Lunatic asylums Bombay report 1878-1890 - 1878-1890
Year: 1878
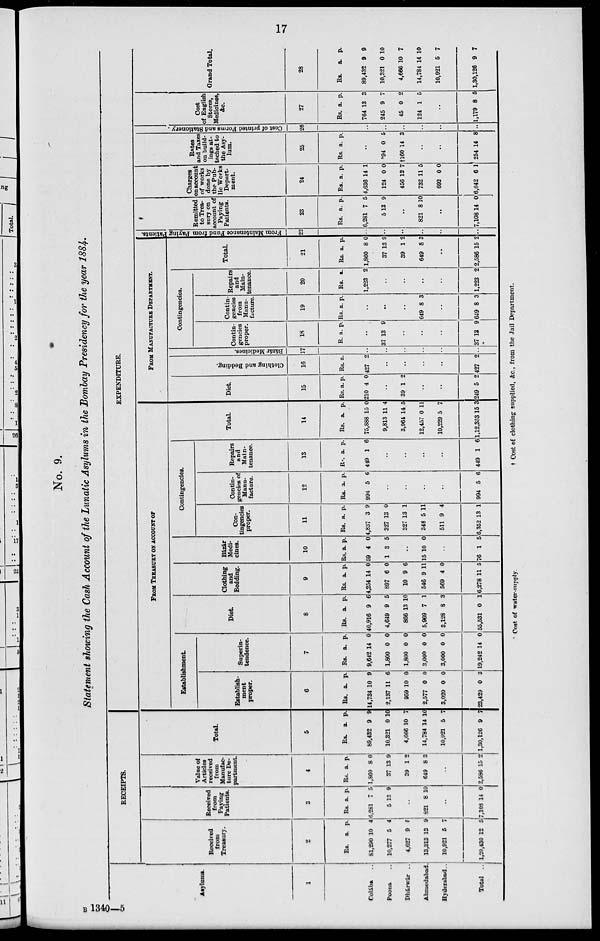
17
No. 9.
Statement showing the Cash Account of the Lunatic Asylums in the Bombay Presidency for the year 1884.
Asylums.
1
Colába ..
Poona ..
Dhárwár ..
Ahmedabad.
Hyderabad ..
Total ..
RECEIPTS.
Received
from
Treasury.
2
Rs.
81,290
10,277
4,627
13,313
10,921
1,20,430
a.
10
5
9
13
5
12
p.
4
4
5
9
7
5
Received
from
Paying
Patients.
3
Rs.
6,281
5
a.
7
13
p.
5
9
..
821 8 10
..
7,103 14 0
Value of
Articles
received
from
Manufac-
ture De-
partment.
4
Rs.
1,860
37
39
649
a.
8
13
1
8
p.
0
9
2
3
..
2,586 15 2
Total.
5
Rs.
89,432
10,321
4,666
14,784
10,921
1,30,126
a.
9
0
10
14
5
9
p.
9
10
7
10
7
7
EXPENDITURE.
FROM TREASURY ON ACCOUNT OF
Establishment.
Establish-
ment
proper.
6
Rs.
14,734
2,137
959
2,577
3,020
23,429
a.
10
11
10
0
0
0
p.
9
6
0
0
0
3
Superin-
tendence.
7
Rs.
9,642
1,800
1,800
3,000
3,000
19,242
a.
14
0
0
0
0
14
p.
0
0
0
0
0
0
Diet
8
Rs.
40,916
4,649
866
5,969
3,128
55,531
a.
9
9
13
7
8
0
p.
6
5
10
1
3
1
Clothing
and
Bedding.
9
Rs.
4,254
897
10
546
569
6,278
a.
14
6
9
9
4
11
p.
0
0
6
11
0
5
Bázár
Medi-
cines.
10
Rs.
59
1
a.
4
3
p.
0
5
..
15 10 0
..
76 1 5
Contingencies.
Con-
tingencies
proper.
11
Rs.
4,837
327
327
348
511
6,352
a.
3
13
13
5
9
13
p.
9
0
1
11
4
1
Contin-
gencies of
Manu-
facture.
12
Rs.
994
a.
5
p.
6
..
..
..
..
994 5 6
Repairs
and
Main-
tenance.
13
Rs.
449
a.
1
p.
6
..
..
..
..
449 1 6
Total.
14
Rs.
75,888
9,813
3,964
12,457
10,229
1,12,353
a.
15
11
14
0
5
15
p.
0
4
5
11
7
3
FROM MANUFACTURE DEPARTMENT.
Diet.
15
Rs.
210
a.
4
p.
0
..
39 1 2
..
..
249 5 2
Clothing and Bedding.
16
Rs.
427
a.
2
..
..
..
..
427 2
Bázár Medicines.
17
..
..
..
..
..
..
Contingencies.
Contin-
gencies
proper.
18
R. a.
p.
..
37 13 9
..
..
..
37 13 9
Contin-
gencies
from
Manu-
facture.
19
Rs. a
p.
..
..
..
649 8 3
..
649 8 3
Repairs
and
Main-
tenance.
20
Rs.
1,223
a.
2
..
..
..
..
1,223 2
Total.
21
Rs.
1,860
37
39
649
a.
8
13
1
8
p.
0
9
2
3
..
2,586 15 2
From Maintenance Fund from Paying Patients.
22
..
..
..
..
..
..
Remitted
to Trea-
sury on
account of
Paying
Patients.
23
Rs.
6,281
5
a.
7
13
p.
5
9
..
821 8 10
..
7,108 14 0
Charges
on account
of works
done by
the Pub-
lic Works
Depart-
ment.
24
Rs.
4,636
124
456
732
692
6,642
a.
14
0
12
11
0
6
p.
1
0
7
5
0
1
Rates
and Taxes
on build-
ings at-
tached to
the Asy-
lum.
25
Rs. a.
p.
..
*94
†160
0
14
5
3
..
..
254 14 8
Cos t of p r i n t e d For ms and St at i
oner y.
26
..
..
..
..
..
..
Cost
of English
Stores,
Medicines,
&c.
27
Rs.
764
245
45
124
a.
13
9
0
1
p.
3
7
2
5
..
1,179 8 5
Grand Total.
28
Rs.
89,432
10,321
4,666
14,784
10,921
1,30,126
a.
9
0
10
14
5
9
p.
9
10
7
10
7
7
* Cost of water-supply.
† Cost of clothing supplied, &c., from the Jail Department.
B 1340—5